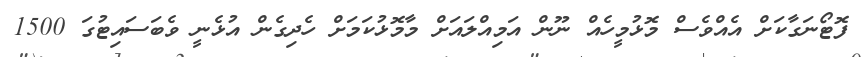
ފޮޓޯނަގާކަށް އެއްވެސް މޮޅުމީހެއް ނޫން އަމިއްލައަށް މާމޮޅުކަމަށް ހެދިގެން އުޅެނީ ވެބަސައިޓުގަ 1500